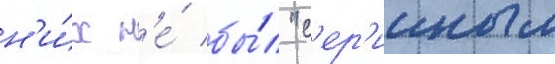
н'и́х н'е́ бы́л "с'ер'ииным